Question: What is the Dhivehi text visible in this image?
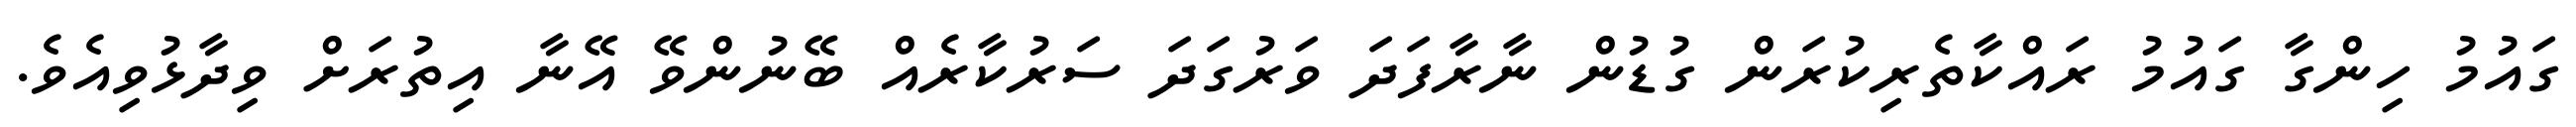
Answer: ގައުމު ހިންގާ ގައުމު ރައްކާތެރިކުރަން ގުޑުން ނާރާފަދަ ވަރުގަދަ ސަރުކާރެއް ބޭނުންވޭ އޭނާ އިތުރަށް ވިދާޅުވިއެވެ.